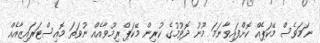
ނަމަވެސް މޭކަޕެއް ކޮށްފައިވާނަމަ މޫނު ދޮވުމުގެ ކުރިން މޭކަޕް ރިމޫވާއެއް ނުވަތަ މޮއިސްޓަރައިޒާއެއް